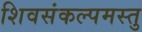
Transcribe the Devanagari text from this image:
शिवसंकल्पमस्तु